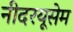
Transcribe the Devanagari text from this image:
नीदरयूसेम